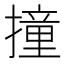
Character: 撞